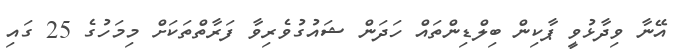
އޭނާ ވިދާޅުވީ ޕާކިން ބިލްޑިންތައް ހަދަން ޝައުގުވެރިވާ ފަރާތްތަކަށް މިމަހުގެ 25 ގައި